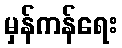
မှန်ကန်ရေး